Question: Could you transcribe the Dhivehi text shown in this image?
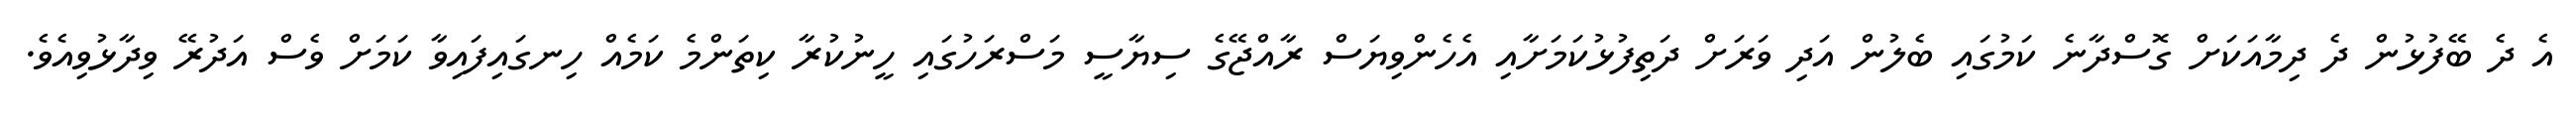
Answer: އެ ދެ ބޭފުޅުން ދެ ދިމާއަކަށް ގޮސްދާނެ ކަމުގައި ބެލުން އަދި ވަރަށް ދަތިފުޅުކަމަށާއި އެހެންވިޔަސް ރާއްޖޭގެ ސިޔާސީ މަސްރަހުގައި ހީނުކުރާ ކިތަންމެ ކަމެއް ހިނގައިފައިވާ ކަމަށް ވެސް އަދުރޭ ވިދާޅުވިއެވެ.